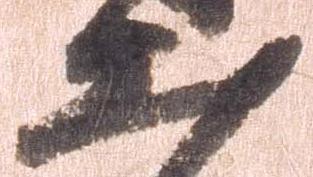
出